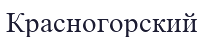
Красногорский